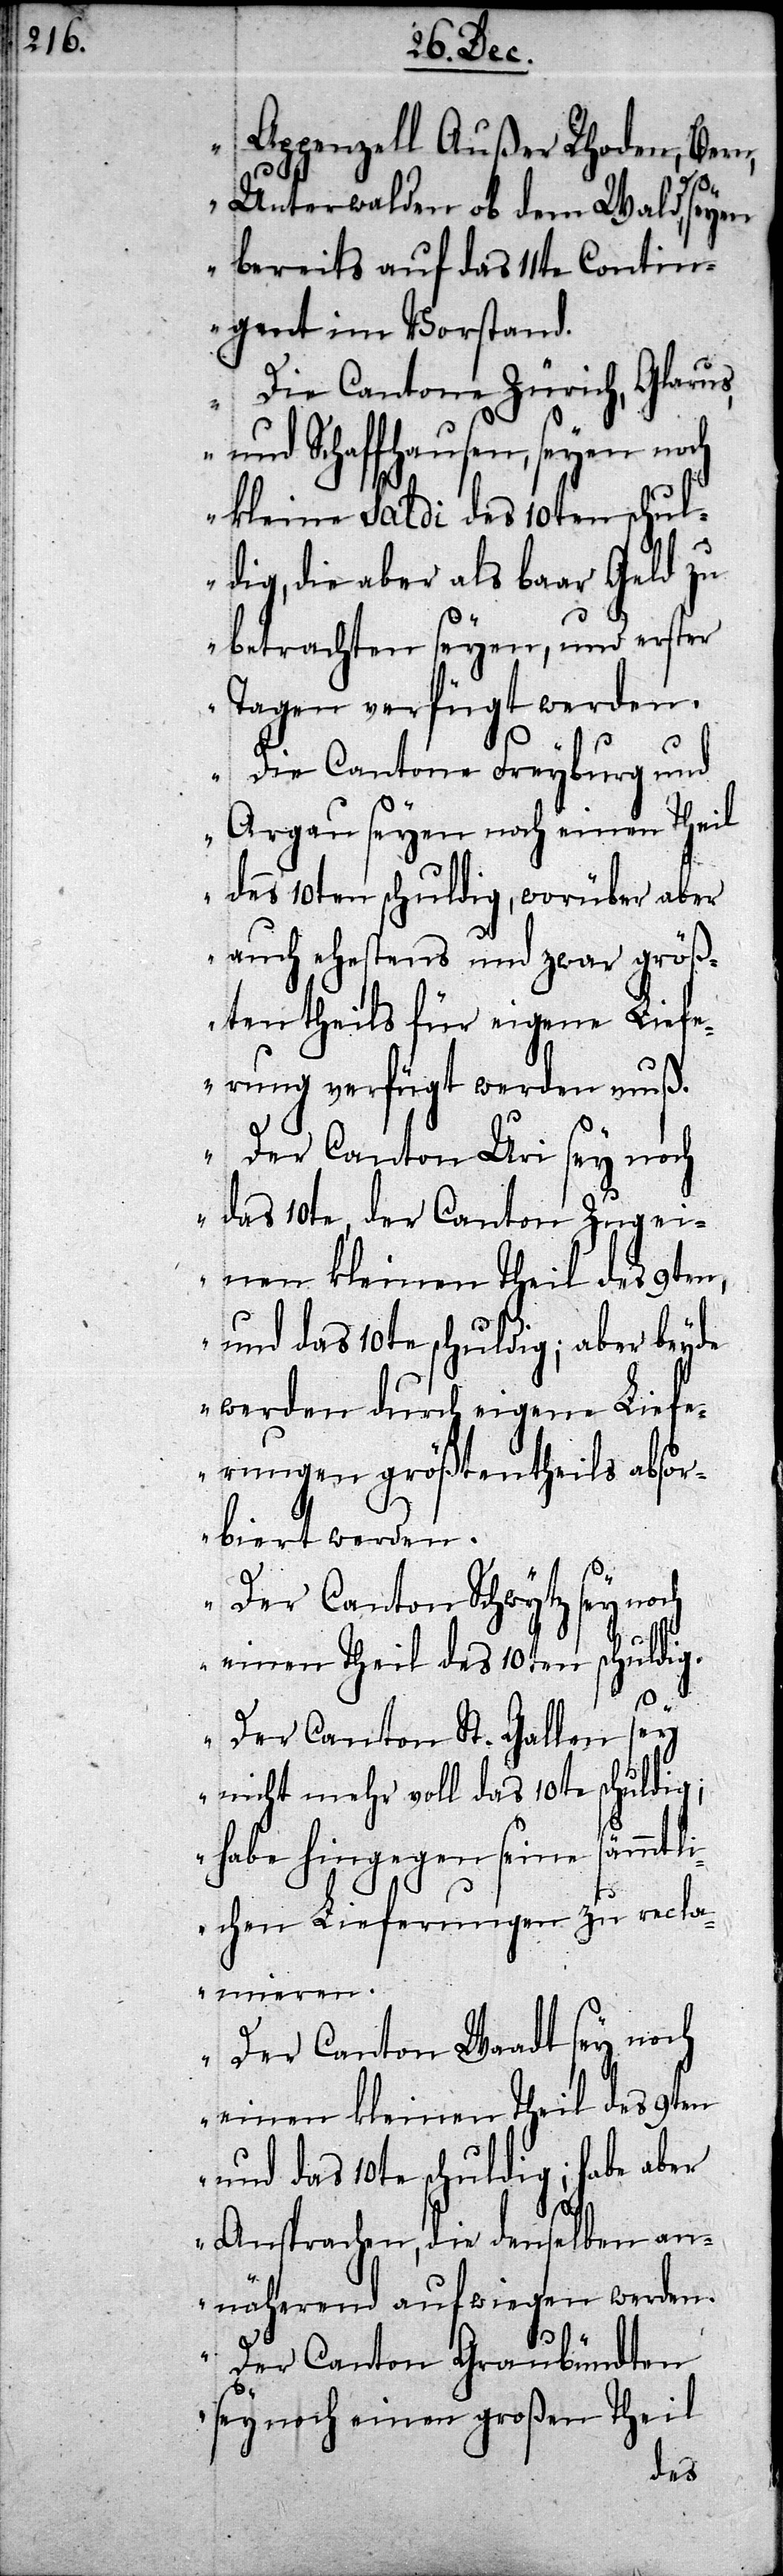
Appenzell Außer Rhoden, Bern,
Unterwalden ob dem Wald, seyen
bereits auf das 11te Contin¬
gent im Vorstand.
Die Cantone Zürich, Glarus
und Schaffhausen, seyen noch
kleine Saldi des 10ten schul¬
dig, die aber als baar Geld zu
betrachten seyen, und erster
Tagen verfügt werden.
Die Cantone Freyburg und
Argau seyen noch einen Theil
des 10ten schuldig, worüber aber
auch ehestens und zwar größ¬
tentheils für eigene Liefe¬
rung verfügt werden muß.
Der Canton Uri sey noch
das 10te, der Canton Zug ei¬
nen kleinen Teil des 9ten,
und das 10te schuldig; aber beyde
fe¬
werden durch eigene
rungen größtentheils absor¬
biert werden.
Der Canton Schwytz sey noch
einen Theil des 10ten schuldig.
Der Canton St. Gallen sey
nicht mehr voll das 10te schuldig;
habe hingegen seine sämmtli¬
chen Lieferungen zu recla¬
mieren.
Der Canton Waadt sey noch
einen kleinen Theil des 9ten
und das 10te schuldig; habe aber
Ansprachen, die denselben an¬
näherend aufwiegen werden.
Der Canton Graubündten
sey noch einen großen Theil